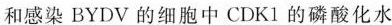
和感染BYDV的细胞中CDK1的磷酸化水